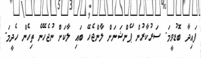
ފައިދާ ބޮޑުވީމަ. ސަރުކާރުން ަޕެންޝަނަށް ލާންޖެހޭ ބައި ލާކަށް ނުޖެހޭނެ ތިހެން ހެދީމަ.